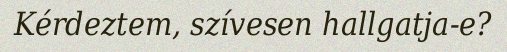
Kérdeztem, szívesen hallgatja-e?